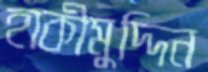
হাকীমুদ্দিন